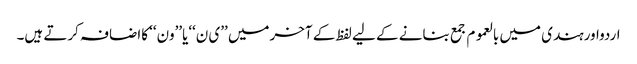
اردواورہندی میں بالعموم جمع بنانے کے لیے لفظ کے آخرمیں ’’ی ن‘‘یا’’ون‘‘ کااضافہ کرتے ہیں۔